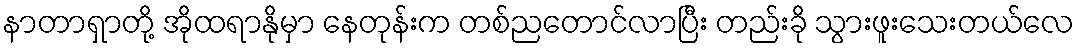
နာတာရှာတို့ အိုထရာနိုမှာ နေတုန်းက တစ်ညတောင်လာပြီး တည်းခို သွားဖူးသေးတယ်လေ